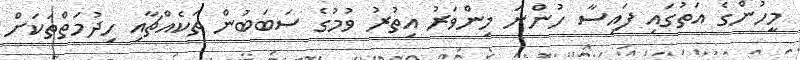
މީހުންގެ އަތުގައި ފައިސާ ހުންނަ މިންވަރު އިތުރު ވުމުގެ ސަބަބުން ތަކެއްޗާއި ހިދުމަތްތަކަށް